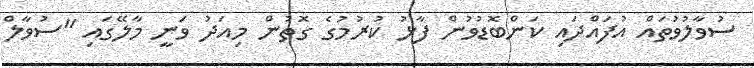
ސުވާލުވުތައް އުފައްދައި ކަންބޮޑުވުން ފާޅު ކުރުމުގެ ގޮތުން މިއަދު ވަނީ މާލޭގައި "ސުވާލް